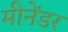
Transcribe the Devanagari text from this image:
मीनेंडर